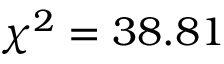
\chi ^ { 2 } = 3 8 . 8 1